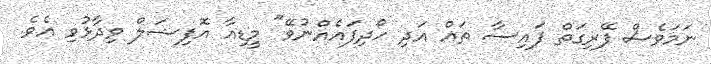
ނަމަވެސް ފޭރިގަތް ފައިސާ ތައް އަދި ހޯދިފައެއްނުވޭ" މީޑިއާ އޮފިޝަލް ވިދާޅުވި އެވެ.